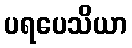
ပရပေသိယာ